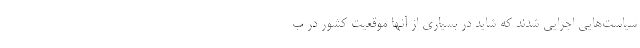
سیاست‌هایی اجرایی شدند که شاید در بسیاری از آنها موقعیت کشور در ب